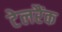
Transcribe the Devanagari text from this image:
टेलरैंक